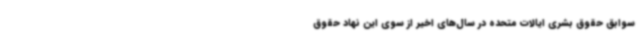
سوابق حقوق بشری ایالات متحده در سال‌های اخیر از سوی این نهاد حقوق